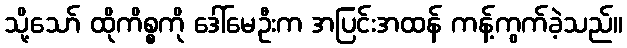
သို့သော် ထိုကိစ္စကို ဒေါ်မေဦးက အပြင်းအထန် ကန့်ကွက်ခဲ့သည်။